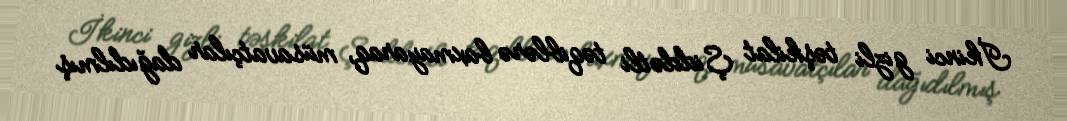
İkinci gizli təşkilat Şiddətli təqiblərə baxmayaraq, müsavatçılar dağıdılmış